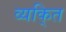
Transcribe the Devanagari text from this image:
व्यकि्‌त